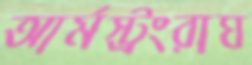
আর্মস্ট্রংরাঘ